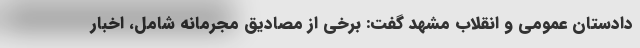
دادستان عمومی و انقلاب مشهد گفت: برخی از مصادیق مجرمانه شامل، اخبار